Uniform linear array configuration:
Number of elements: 12
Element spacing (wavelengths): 0.25
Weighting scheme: uniform
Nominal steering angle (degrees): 45
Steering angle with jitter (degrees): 43.467
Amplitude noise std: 0.05
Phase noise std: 0.05

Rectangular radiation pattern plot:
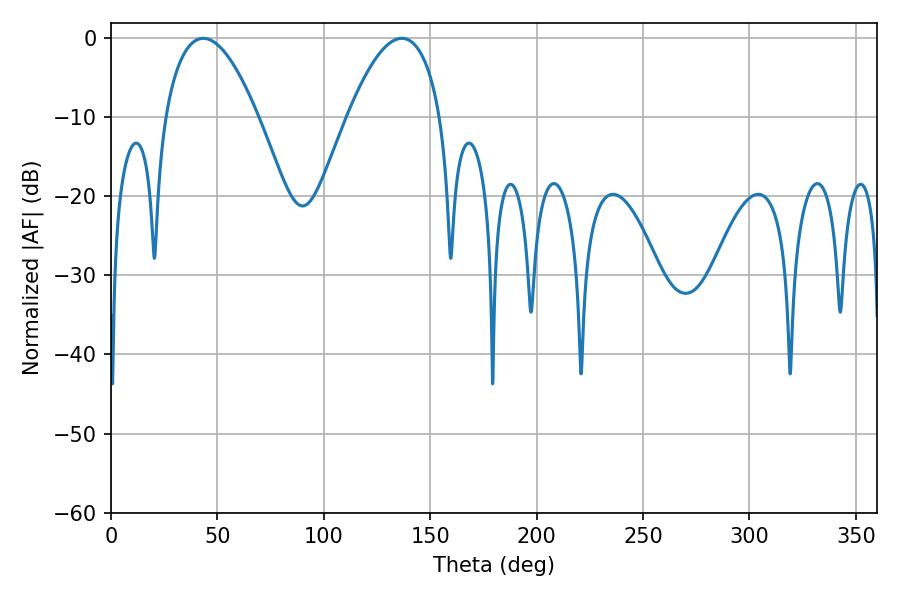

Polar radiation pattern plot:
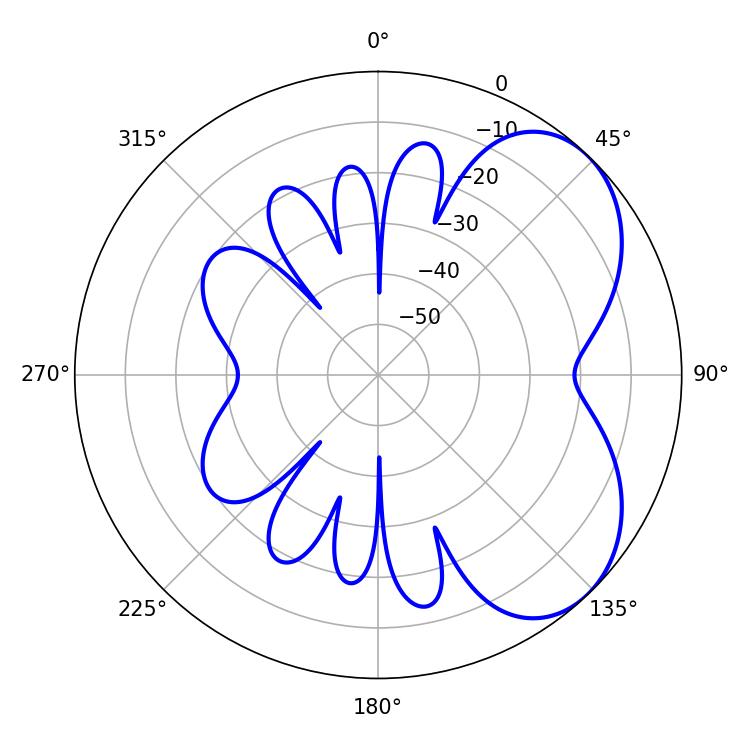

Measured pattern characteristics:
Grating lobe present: FALSE
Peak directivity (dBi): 5.009
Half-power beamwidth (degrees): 24.12
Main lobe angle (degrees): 43.38